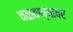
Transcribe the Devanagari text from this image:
वळवण्यावर